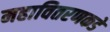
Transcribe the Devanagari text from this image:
महावितरणकडे